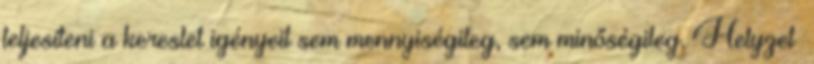
teljesíteni a kereslet igényeit sem mennyiségileg, sem minőségileg. Helyzet